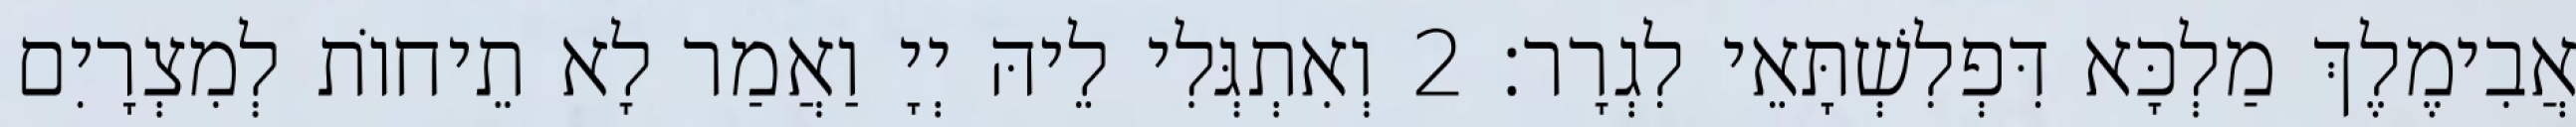
אֲבִימֶלֶךְ מַלְכָּא דִּפְלִשְׁתָּאֵי לִגְרָר׃ 2 וְאִתְגְּלִי לֵיהּ יְיָ וַאֲמַר לָא תֵיחוֹת לְמִצְרָיִם